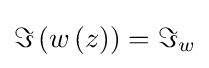
\Im \left(w\left(z\right)\right)=\Im _{w}